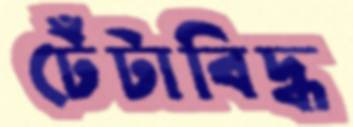
টেঁটাবিদ্ধ